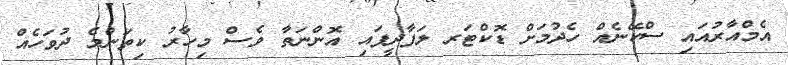
އެމްއާރުއައި ސްކޭނެއް ހެދުމަށް ޑޮކްޓަރ ލަފާދީފައި އޮންނަތާ ވެސް މިހާރު ކިތަންމެ ދުވަހެއް